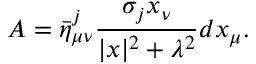
A = \bar { \eta } _ { \mu \nu } ^ { j } \frac { \sigma _ { j } x _ { \nu } } { | x | ^ { 2 } + \lambda ^ { 2 } } d x _ { \mu } .